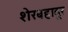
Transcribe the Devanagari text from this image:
शेरबहादूर